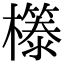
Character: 𭬤